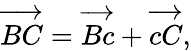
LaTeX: \overrightarrow{BC}=\overrightarrow{Bc}+\overrightarrow{cC},